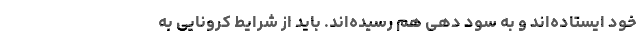
خود ایستاده‌اند و به سود دهی هم رسیده‌اند. باید از شرایط کرونایی به